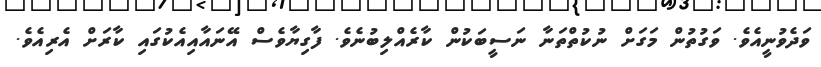
ވަދެވުނީއެވެ. ވަގުތުން މަގަށް ނުކުތްތަނާ ނަސީބަކުން ކާރެއްލިބުނެވެ. ފާގިޔާވެސް އޭނައާއިއެކުގައި ކާރަށް އެރިއެވެ.